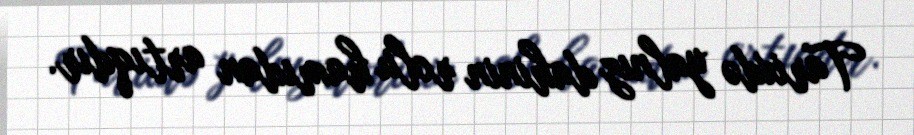
Tarixdə yalnız dahinin rolu hamıdan artıqdır.